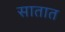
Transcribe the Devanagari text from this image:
सातात